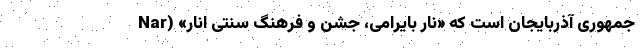
جمهوری آذربایجان است که «نار بایرامی، جشن و فرهنگ سنتی انار» (Nar